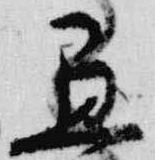
愚